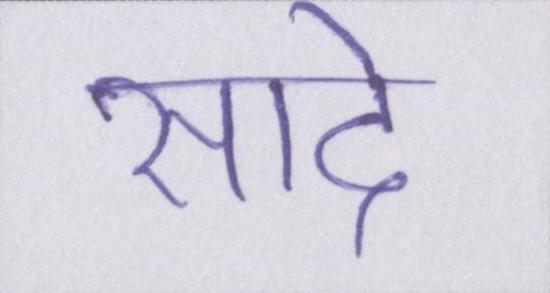
सादे